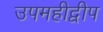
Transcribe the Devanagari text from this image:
उपमहीद्वीप